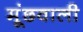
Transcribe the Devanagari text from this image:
मूंछवाली